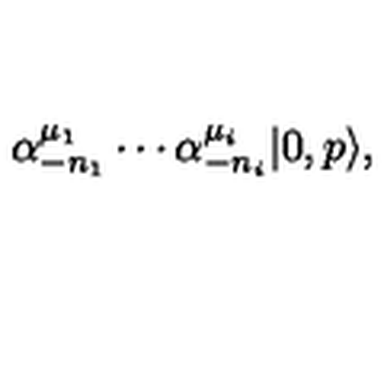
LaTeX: \alpha _ { - n _ { 1 } } ^ { \mu _ { 1 } } \cdots \alpha _ { - n _ { i } } ^ { \mu _ { i } } | 0 , p \rangle ,